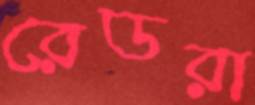
রেডরা